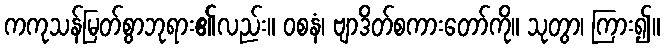
ကကုသန်မြတ်စွာဘုရား၏လည်း။ ဝစနံ၊ ဗျာဒိတ်စကားတော်ကို။ သုတွာ၊ ကြား၍။